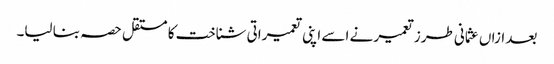
بعد ازاں عثمانی طرز تعمیر نے اسے اپنی تعمیراتی شناخت کا مستقل حصہ بنا لیا۔